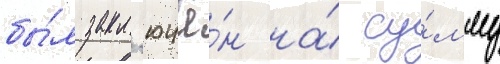
бы́л закл'ючё́н на́ су́мму